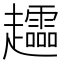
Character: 𧾮